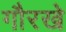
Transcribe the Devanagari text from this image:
गौरखे